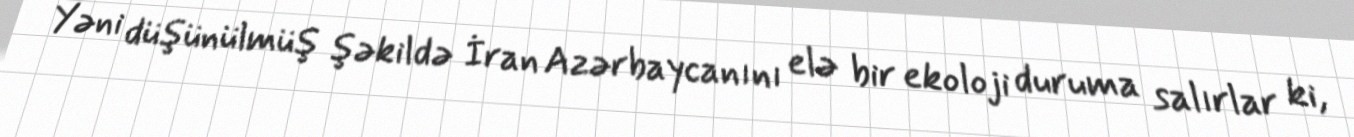
Yəni düşünülmüş şəkildə İran Azərbaycanını elə bir ekoloji duruma salırlar ki,